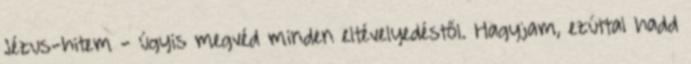
Jézus-hitem - úgyis megvéd minden el­té­velyedéstől. Hagyjam, ezúttal hadd